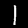
Label: 1